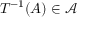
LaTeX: T ^ { - 1 } ( A ) \in { \mathcal { A } }